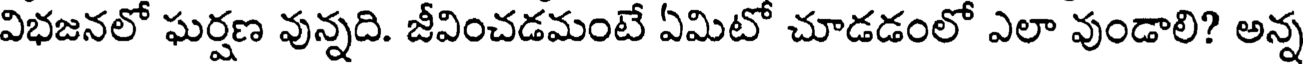
విభజనలో ఘర్షణ వున్నది. జీవించడమంటే ఏమిటో చూడడంలో ఎలా వుండాలి? అన్న